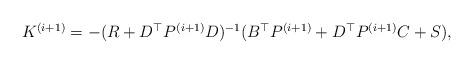
LaTeX: \begin{align*}\begin{aligned}K^{(i+1)}&=-(R+D^{\top} P^{(i+1)} D)^{-1}(B^{\top} P^{(i+1)}+D^{\top} P^{(i+1)}C+S),\end{aligned}\end{align*}